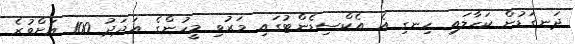
ދަނގަޑުން ކަހާލައި ހިނގި އެ އެކްސިޑެންޓުގައި މަރުވި މީހުންގެ އަދަދު 100 އަށްވުރެ